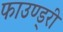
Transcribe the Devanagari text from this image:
फाउण्ड्री